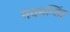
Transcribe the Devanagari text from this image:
मयमन्सिंह